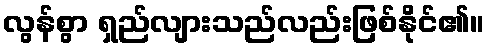
လွန်စွာ ရှည်လျားသည်လည်းဖြစ်နိုင်၏။